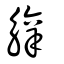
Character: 𧣿